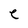
Character: e